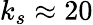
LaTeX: k_{s}\approx 20